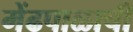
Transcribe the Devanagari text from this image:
मेंढपाळाची